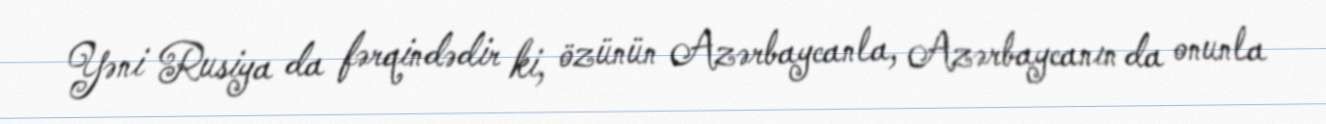
Yəni Rusiya da fərqindədir ki, özünün Azərbaycanla, Azərbaycanın da onunla